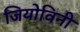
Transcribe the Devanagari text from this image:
जियोविनी